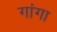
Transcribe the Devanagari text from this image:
गांगा